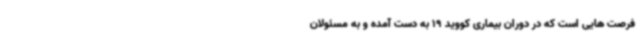
فرصت هایی است که در دوران بیماری کووید 19 به دست آمده و به مسئولان